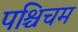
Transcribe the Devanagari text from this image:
पश्चिचम